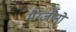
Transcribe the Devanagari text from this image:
मैग्ज़ीनो